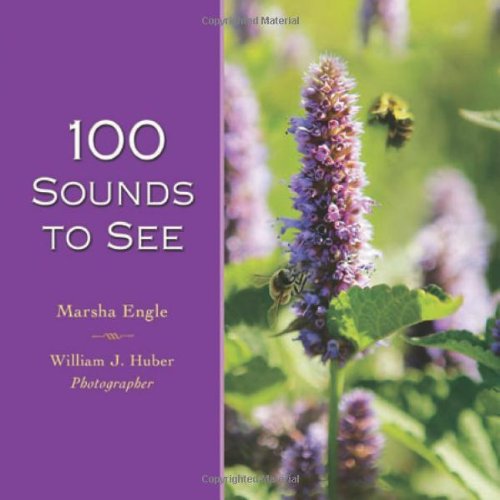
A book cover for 100 Sounds to See; Marsha Engle; Health, Fitness & Dieting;